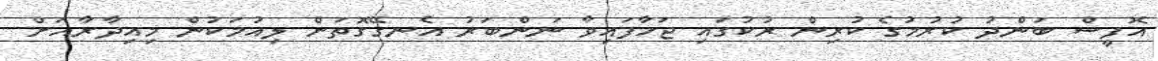
އޮފީސް ބަންދު ކުރުމުގެ ކުރިން ރުކުގައި ޖަހާފައިވާ ނަންބަރު އެނގޭގޮތަށް ލިއުމަކުން މިއިދާރާއަށް